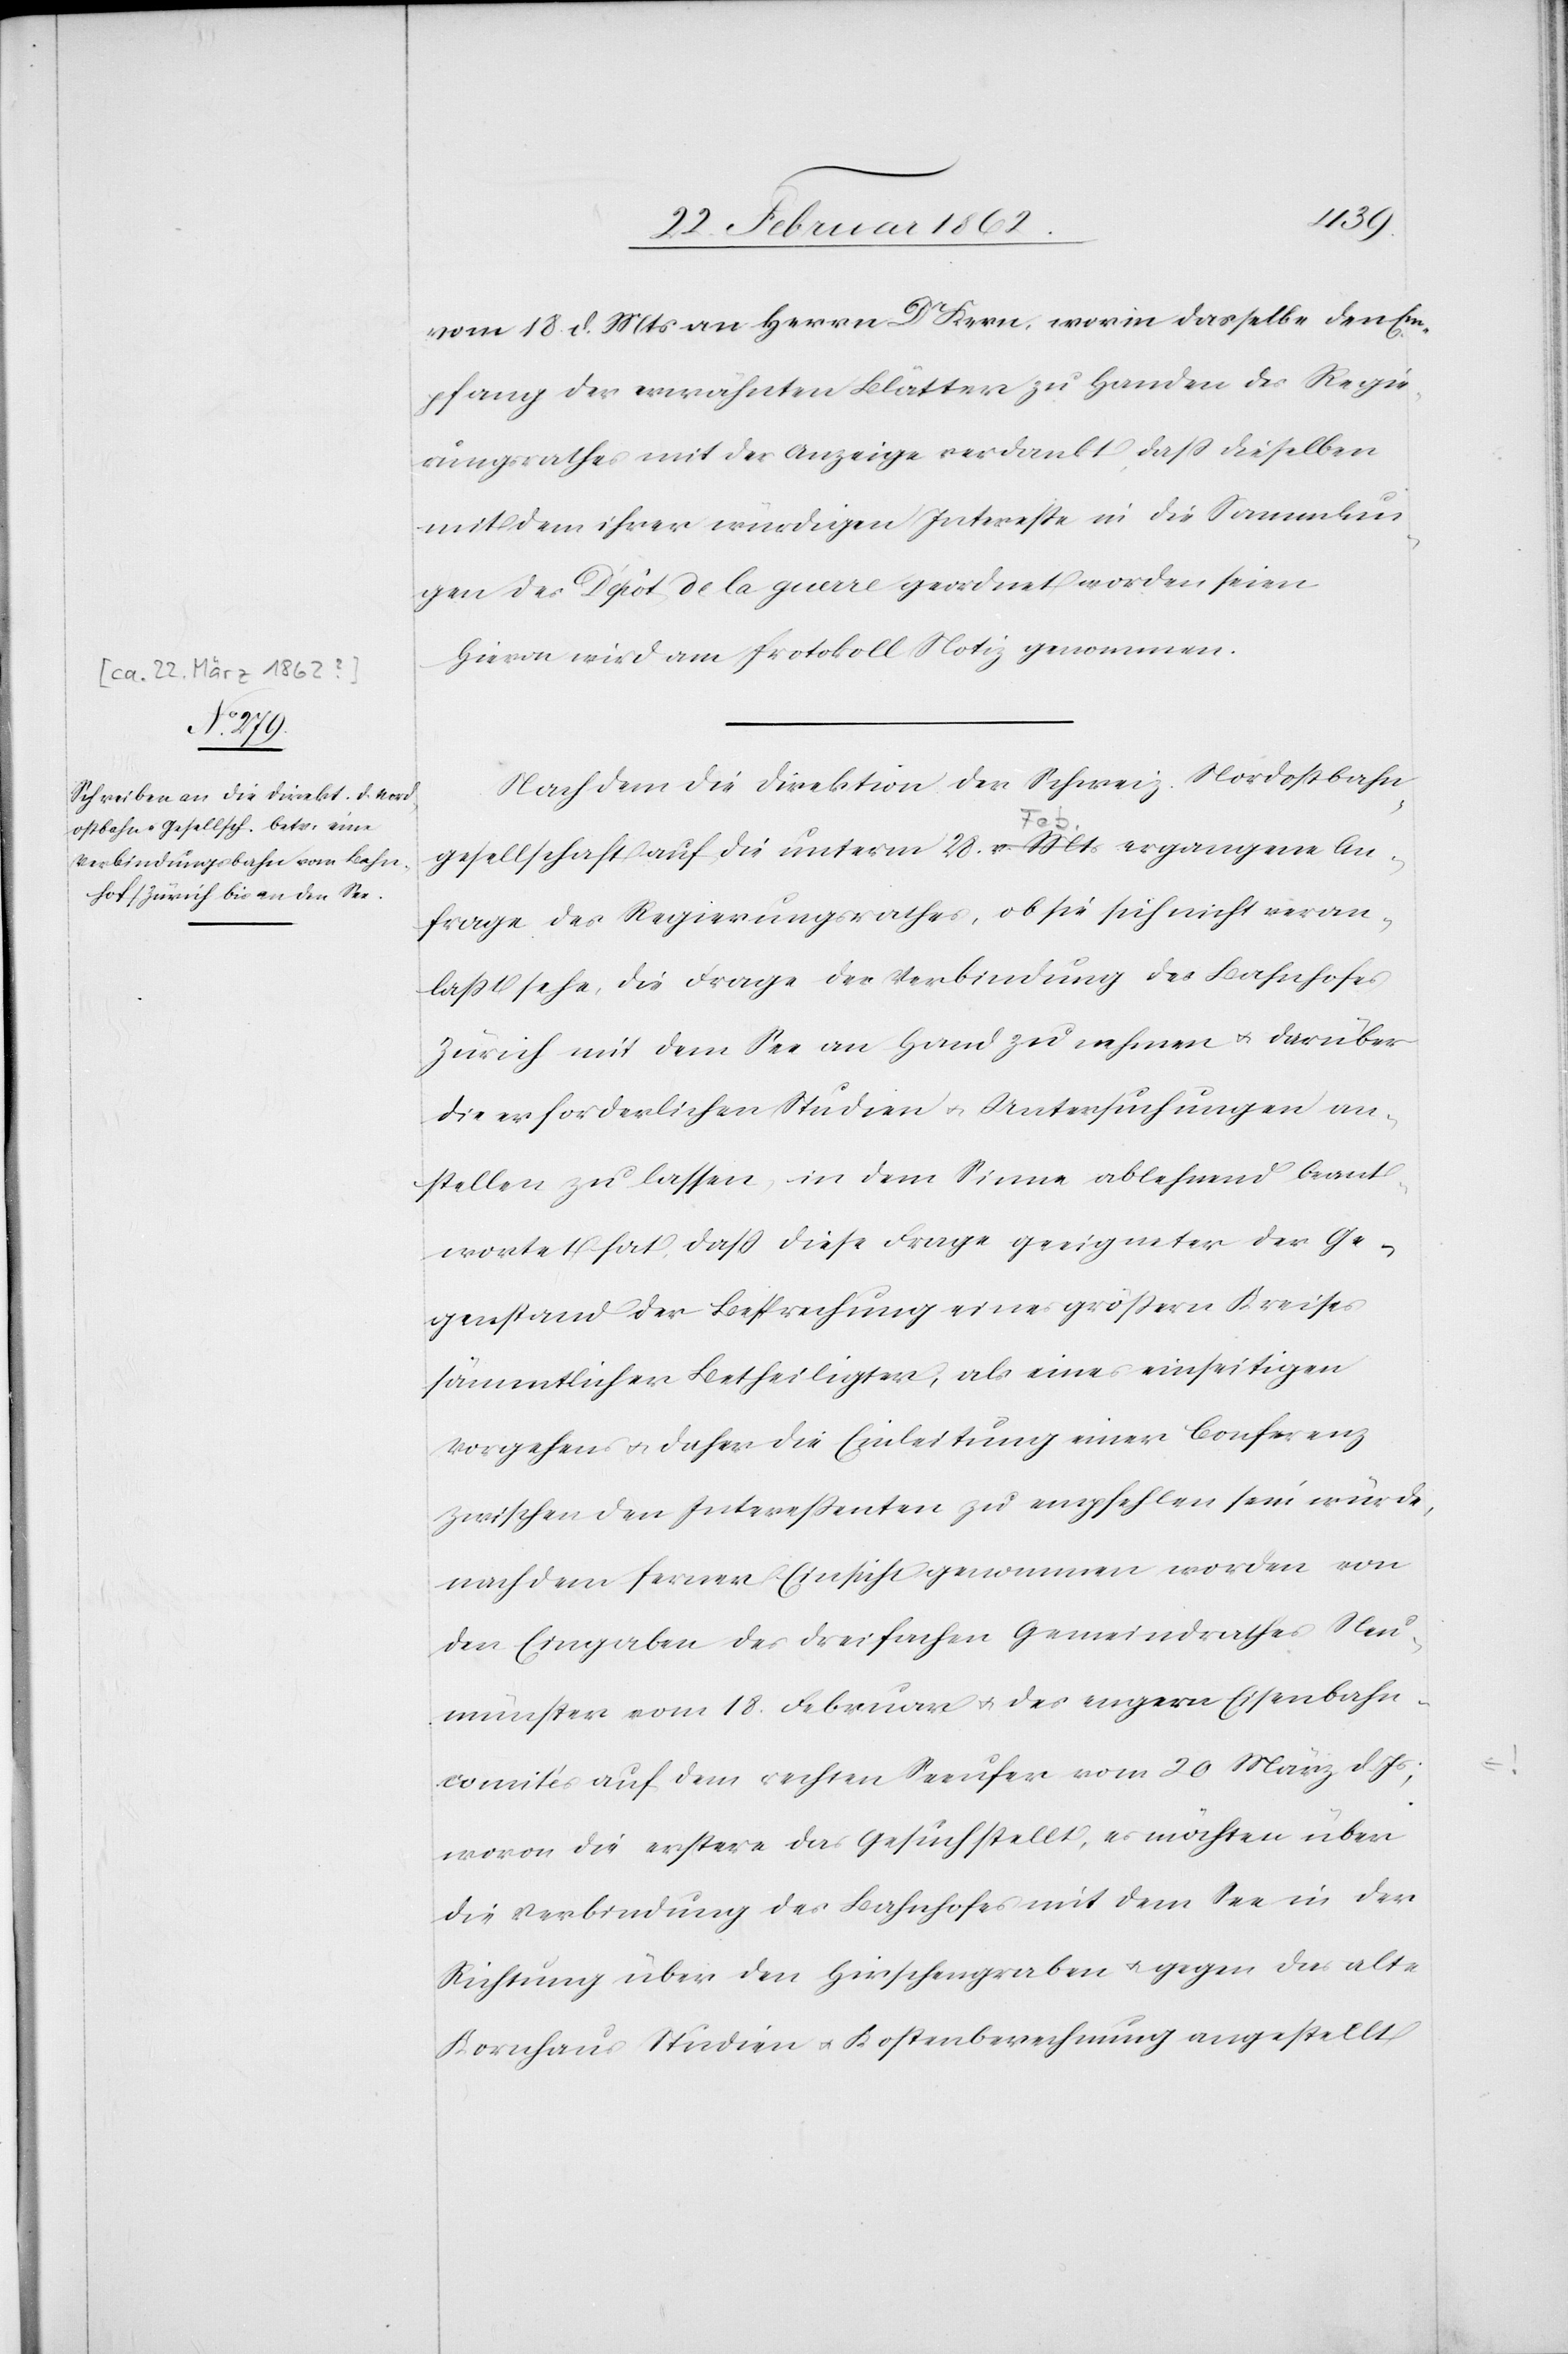
vom 18. d. Mts. an Herrn Dr Kern, worin dasselbe den Em¬
pfang der erwähnten Blätter zu Handen des Regie¬
rungsrathes mit der Anzeige verdankt, daß dieselben
mit dem ihrer würdigen Intereße in die Sammlun¬
gen des Depôt de la guerre geordnet worden seien.
Hievon wird am Protokoll Notiz genommen.
Nachdem die Direktion der Schweiz. Nordostbahn¬
gesellschaft auf die unterm 28. v. Mts ergangene An¬
frage des Regierungsrathes, ob sie sich nicht veran¬
laßt sehe, die Frage der Verbindung des Bahnhofes
Zürich mit dem See an Hand zu nehmen u. darüber
die erforderlichen Studien u. Untersuchungen an¬
stellen zu lassen, in dem Sinne ablehnend beant¬
wortet hat, daß diese Frage geeigneter der Ge¬
genstand der Besprechung eines größern Kreises
sämmtlicher Betheiligter, als eines einseitigen
Vorgehens u. daher die Einleitung einer Conferenz
zwischen den Intereßenten zu empfehlen sein würde,
nachdem ferner Einsicht genommen worden von
den Eingaben des dreifachen Gemeindrathes Neu¬
münster vom 18. Februar u. des engern Eisenbahn¬
comités auf dem rechten Seeufer vom 20 März d. Js
wovon die erstere das Gesuch stellt, es möchten über
die Verbindung des Bahnhofes mit dem See in der
Richtung über den Hirschengraben u. gegen das alte
Kornhaus Studien u. Kostenberechnung angestellt